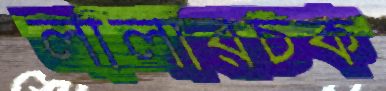
লালারচক